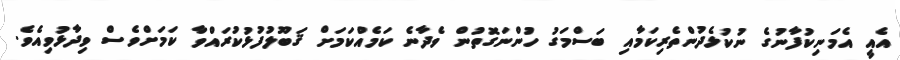
އެއީ އެމަނިކުފާނުގެ ނުކުޅެދުންތެރިކަމާއި ބަސްމަގު ހުންނަގޮތުން ވެދާނެ ކަމެއްކަމަށް ޤަބޫލުފުޅުކުރައްވާ ކަމަށްވެސް ވިދާޅުވިއެވެ.